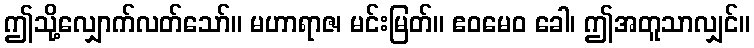
ဤသို့လျှောက်လတ်သော်။ မဟာရာဇ၊ မင်းမြတ်။ ဧဝမေဝ ခေါ၊ ဤအတူသာလျှင်။